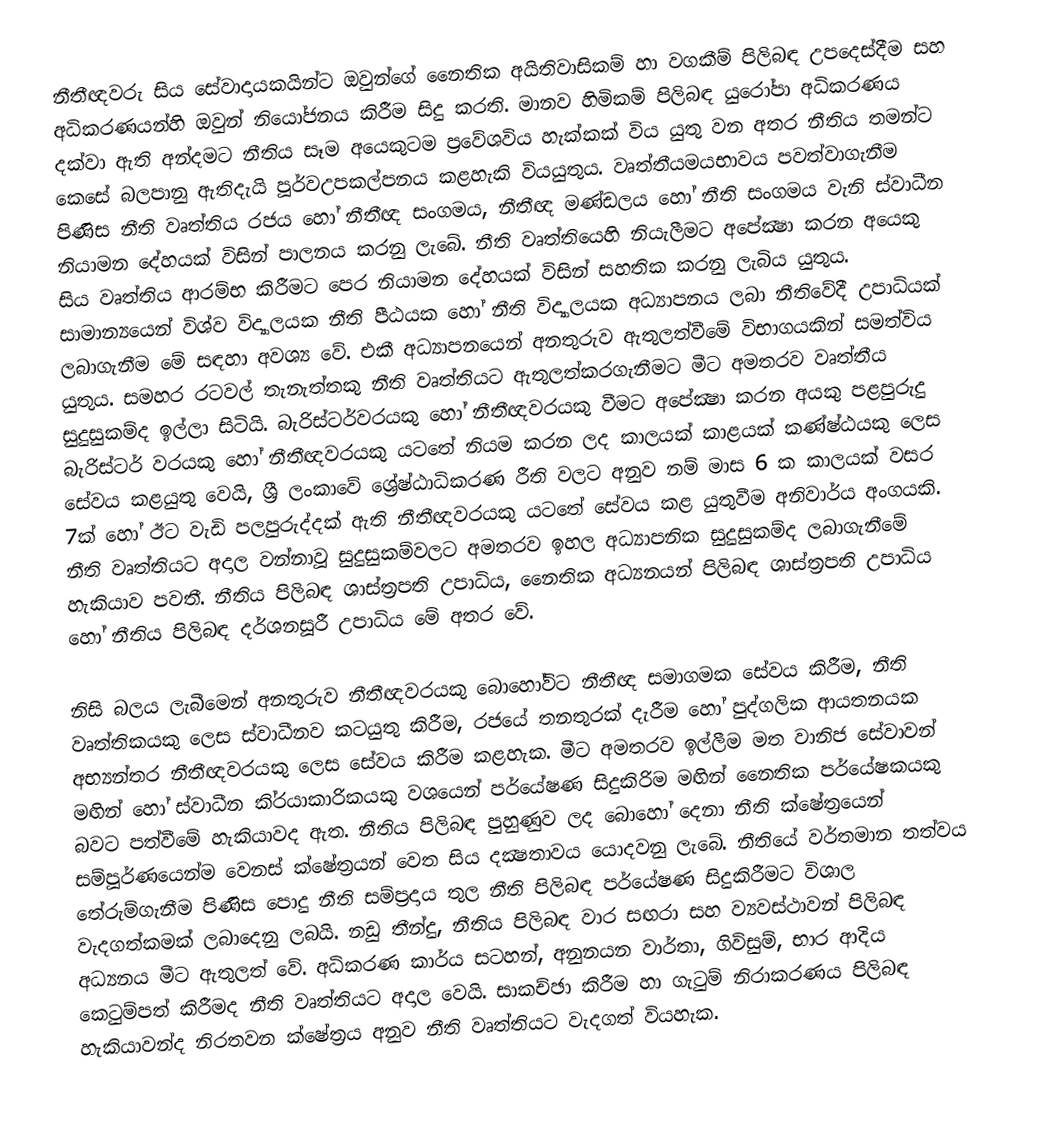
නීතීඥවරු සිය සේවාදායකයින්ට ඔවුන්ගේ නෛතික අයිතිවාසිකම් හා වගකීම් පිලිබඳ උපදෙස්දීම සහ අධිකරණයන්හි ඔවුන් නියෝජනය කිරීම සිදු කරති. මානව හිමිකම් පිලිබඳ යුරෝපා අධිකරණය දක්වා ඇති අන්දමට නීතිය සෑම අයෙකුටම ප‍්‍රවේශවිය හැක්කක් විය යුතු වන අතර නීතිය තමන්ට කෙසේ බලපානු ඇතිදැයි පූර්වඋපකල්පනය කළහැකි වියයුතුය. වෘත්තීයමයභාවය පවත්වාගැනීම පිණිස නීති වෘත්තිය රජය හෝ නීතීඥ සංගමය, නීතීඥ මණ්ඩලය හෝ නීති සංගමය වැනි ස්වාධීන නියාමන දේහයක් විසින් පාලනය කරනු ලැබේ. නීති වෘත්තියෙහි නියැලීමට අපේක්‍ෂා කරන අයෙකු සිය වෘත්තිය ආරම්භ කිරීමට පෙර නියාමන දේහයක් විසින් සහතික කරනු ලැබිය යුතුය. සාමාන්‍යයෙන් විශ්ව විද්‍යාලයක නීති පීඨයක හෝ නීති විද්‍යාලයක අධ්‍යාපනය ලබා නීතිවේදී  උපාධියක් ලබාගැනීම මේ සඳහා අවශ්‍ය වේ. එකී අධ්‍යාපනයෙන් අනතුරුව ඇතුලත්වීමේ විභාගයකින් සමත්විය යුතුය. සමහර රටවල් තැනැත්තකු නීති වෘත්තියට ඇතුලත්කරගැනීමට මීට අමතරව වෘත්තීය සුදුසුකම්ද ඉල්ලා සිටියි. බැරිස්ටර්වරයකු හෝ නීතීඥවරයකු   වීමට අපේක්‍ෂා කරන අයකු පළපුරුදු බැරිස්ටර් වරයකු හෝ නීතීඥවරයකු යටතේ නියම කරන ලද කාලයක් කාළයක් කණ්ෂ්ඨයකු ලෙස සේවය කළයුතු වෙයි, ශ්‍රී ලංකාවේ ශ්‍රේෂ්ඨාධිකරණ රීති වලට අනුව නම් මාස 6 ක කාලයක් වසර 7ක් හෝ ඊට වැඩි පලපුරුද්දක් ඇති නීතීඥවරයකු යටතේ සේවය කළ යුතුවීම අනිවාර්ය අංගයකි.  නීති වෘත්තියට අදාල වන්නාවූ සුදුසුකම්වලට අමතරව ඉහල අධ්‍යාපනික සුදුසුකම්ද ලබාගැනීමේ හැකියාව පවතී. නීතිය පිලිබඳ ශාස්ත‍්‍රපති උපාධිය, නෛතික අධ්‍යනයන් පිලිබඳ ශාස්ත‍්‍රපති උපාධිය හෝ නීතිය පිලිබඳ දර්ශනසූරී උපාධිය මේ අතර වේ.

නිසි බලය ලැබීමෙන් අනතුරුව නීතීඥවරයකු බොහෝවිට නීතීඥ සමාගමක සේවය කිරීම, නීති වෘත්තිකයකු ලෙස ස්වාධීනව කටයුතු කිරීම, රජයේ තනතුරක් දැරීම හෝ පුද්ගලික ආයතනයක අභ්‍යන්තර නීතීඥවරයකු ලෙස සේවය කිරීම කළහැක. මීට අමතරව ඉල්ලීම මත වානිජ සේවාවන් මඟින් හෝ ස්වාධීන කි‍්‍රයාකාරිකයකු වශයෙන් පර්යේෂණ සිදුකිරිම මඟින් නෛතික පර්යේෂකයකු බවට පත්වීමේ හැකියාවද ඇත. නීතිය පිලිබඳ පුහුණුව ලද බොහෝ දෙනා නීති ක්ෂේත‍්‍රයෙන් සම්පූර්ණයෙන්ම වෙනස් ක්ෂේත‍්‍රයන් වෙත සිය දක්‍ෂතාවය යොදවනු ලැබේ. නීතියේ වර්තමාන තත්වය තේරුම්ගැනීම පිණිස පොදු නීති සම්ප‍්‍රදාය තුල නීති පිලිබඳ පර්යේෂණ සිදුකිරීමට විශාල වැදගත්කමක් ලබාදෙනු ලබයි. නඩු තීන්දු, නීතිය පිලිබඳ වාර සඟරා සහ ව්‍යවස්ථාවන් පිලිබඳ අධ්‍යනය මීට ඇතුලත් වේ. අධිකරණ කාර්ය සටහන්, අනුනයන වාර්තා, ගිවිසුම්, භාර ආදිය කෙටුම්පත් කිරීමද නීති වෘත්තියට අදාල වෙයි. සාකච්ඡා කිරීම හා ගැටුම් නිරාකරණය පිලිබඳ හැකියාවන්ද නිරතවන ක්ෂේත‍්‍රය අනුව නීති වෘත්තියට වැදගත් වියහැක.